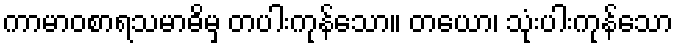
ကာမာဝစာရသမာဓိမှ တပါးကုန်သော။ တယော၊ သုံးပါးကုန်သော